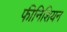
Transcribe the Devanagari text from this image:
फीनिशियन